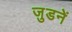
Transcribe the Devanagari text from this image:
जुडनें